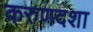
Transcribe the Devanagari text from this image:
करुणदशा